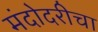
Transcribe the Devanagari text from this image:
मंदोदरीचा